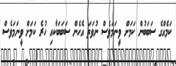
ކަމެއްގެ ސަބަބުން ކަމަށް ވީނަމަވެސް ނުވަތަ އެހެން ސަބަބަކާއި ހުރެ ކަމަށް ވީނަމަވެސް